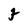
Character: F